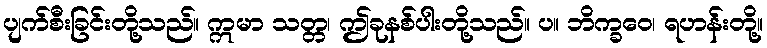
ပျက်စီးခြင်းတို့သည်။ ဣမာ သတ္တ၊ ဤခုနစ်ပါးတို့သည်။ ပ။ ဘိက္ခဝေ၊ ရဟန်းတို့။